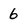
Character: 6